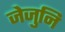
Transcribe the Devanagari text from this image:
जेजुनि